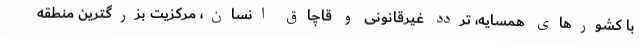
با کشورهای همسایه، تردد غیرقانونی و قاچاق انسان، مرکزیت بزرگترین منطقه